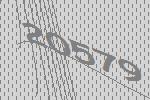
20579